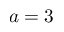
a = 3